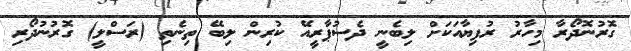
ގޮރުނޮދޯރާ މިހާރު ރުފިޔާއަކަށް ލިބެނީ ދެސުޕާރީއޭ ކުރިން ލިބޭ ތިނެތި (ރަސްލީ) ގޮރުނުދޯރި